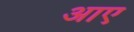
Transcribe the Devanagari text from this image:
अाए